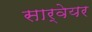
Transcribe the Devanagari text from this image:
सार्वेयर